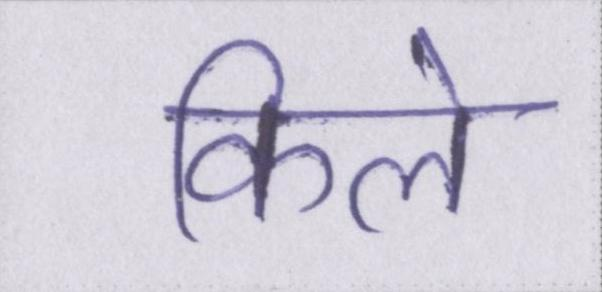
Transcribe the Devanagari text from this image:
किले